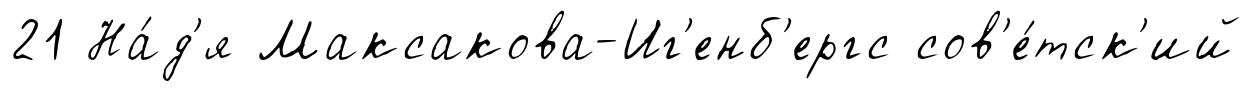
21 На́д'я Максакова-Иг'енб'ергс сов'е́тск'ий